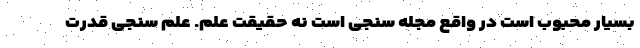
بسیار محبوب است در واقع مجله سنجی است نه حقیقت علم. علم سنجی قدرت